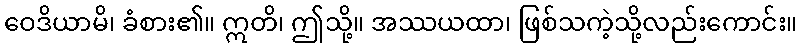
ဝေဒိယာမိ၊ ခံစား၏။ ဣတိ၊ ဤသို့။ အဿယထာ၊ ဖြစ်သကဲ့သို့လည်းကောင်း။